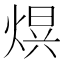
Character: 𭵒